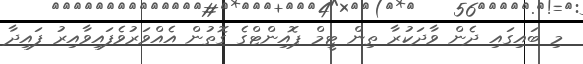
މި ބައިގައި ދެން ވާދަކުރާ ތިން ޓީމް ޕޮއިންޓްގެ ގޮތުން އެއްވަރުވެފައިވާއިރު ފައިދާ